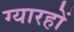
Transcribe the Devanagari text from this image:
ग्यारहों